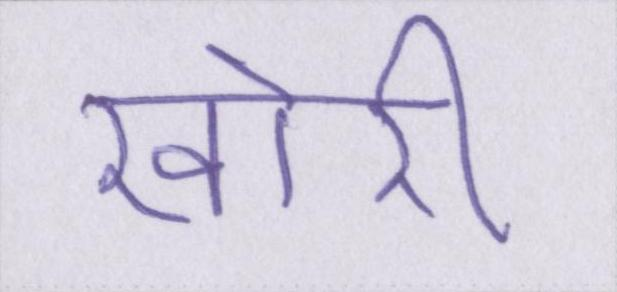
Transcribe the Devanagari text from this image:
खोरी